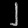
Digit: ၂